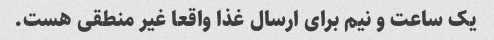
یک ساعت و نیم برای ارسال غذا واقعا غیر منطقی هست.